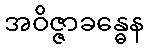
အဝိဇ္ဇာခန္ဓေန